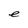
Character: e